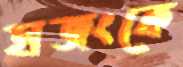
হাজংকে